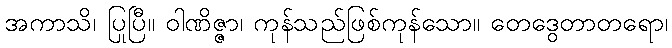
အကာသိ၊ ပြုပြီ။ ဝါဏိဇ္ဇာ၊ ကုန်သည်ဖြစ်ကုန်သော။ တေဒွေတာတရော၊